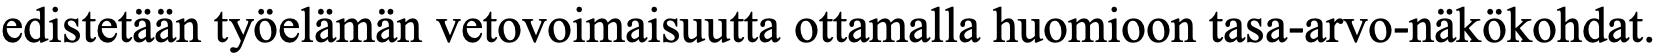
edistetään työelämän vetovoimaisuutta ottamalla huomioon tasa-arvo-näkökohdat.